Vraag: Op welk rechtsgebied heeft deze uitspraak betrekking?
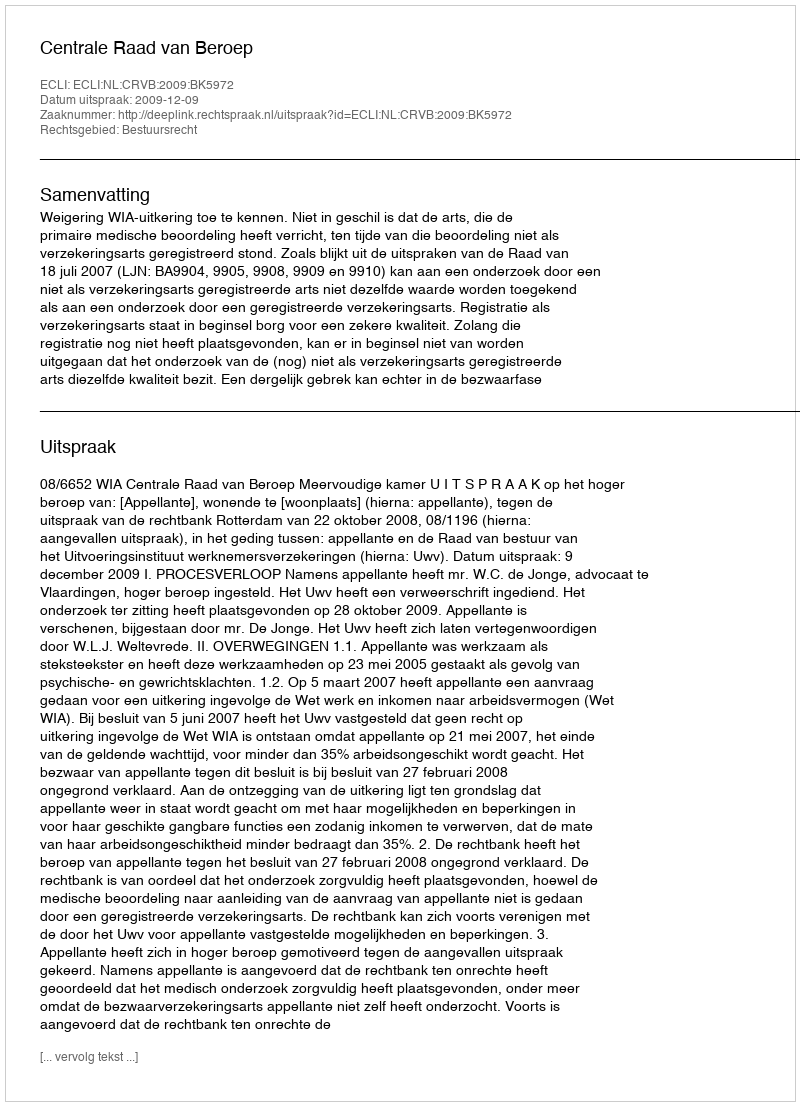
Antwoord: Bestuursrecht